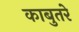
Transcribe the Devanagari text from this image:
काबुतरे